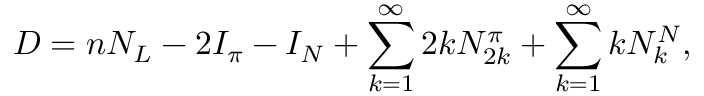
D = n N _ { L } - 2 I _ { \pi } - I _ { N } + \sum _ { k = 1 } ^ { \infty } 2 k N _ { 2 k } ^ { \pi } + \sum _ { k = 1 } ^ { \infty } k N _ { k } ^ { N } ,